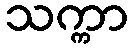
သက္ကာ